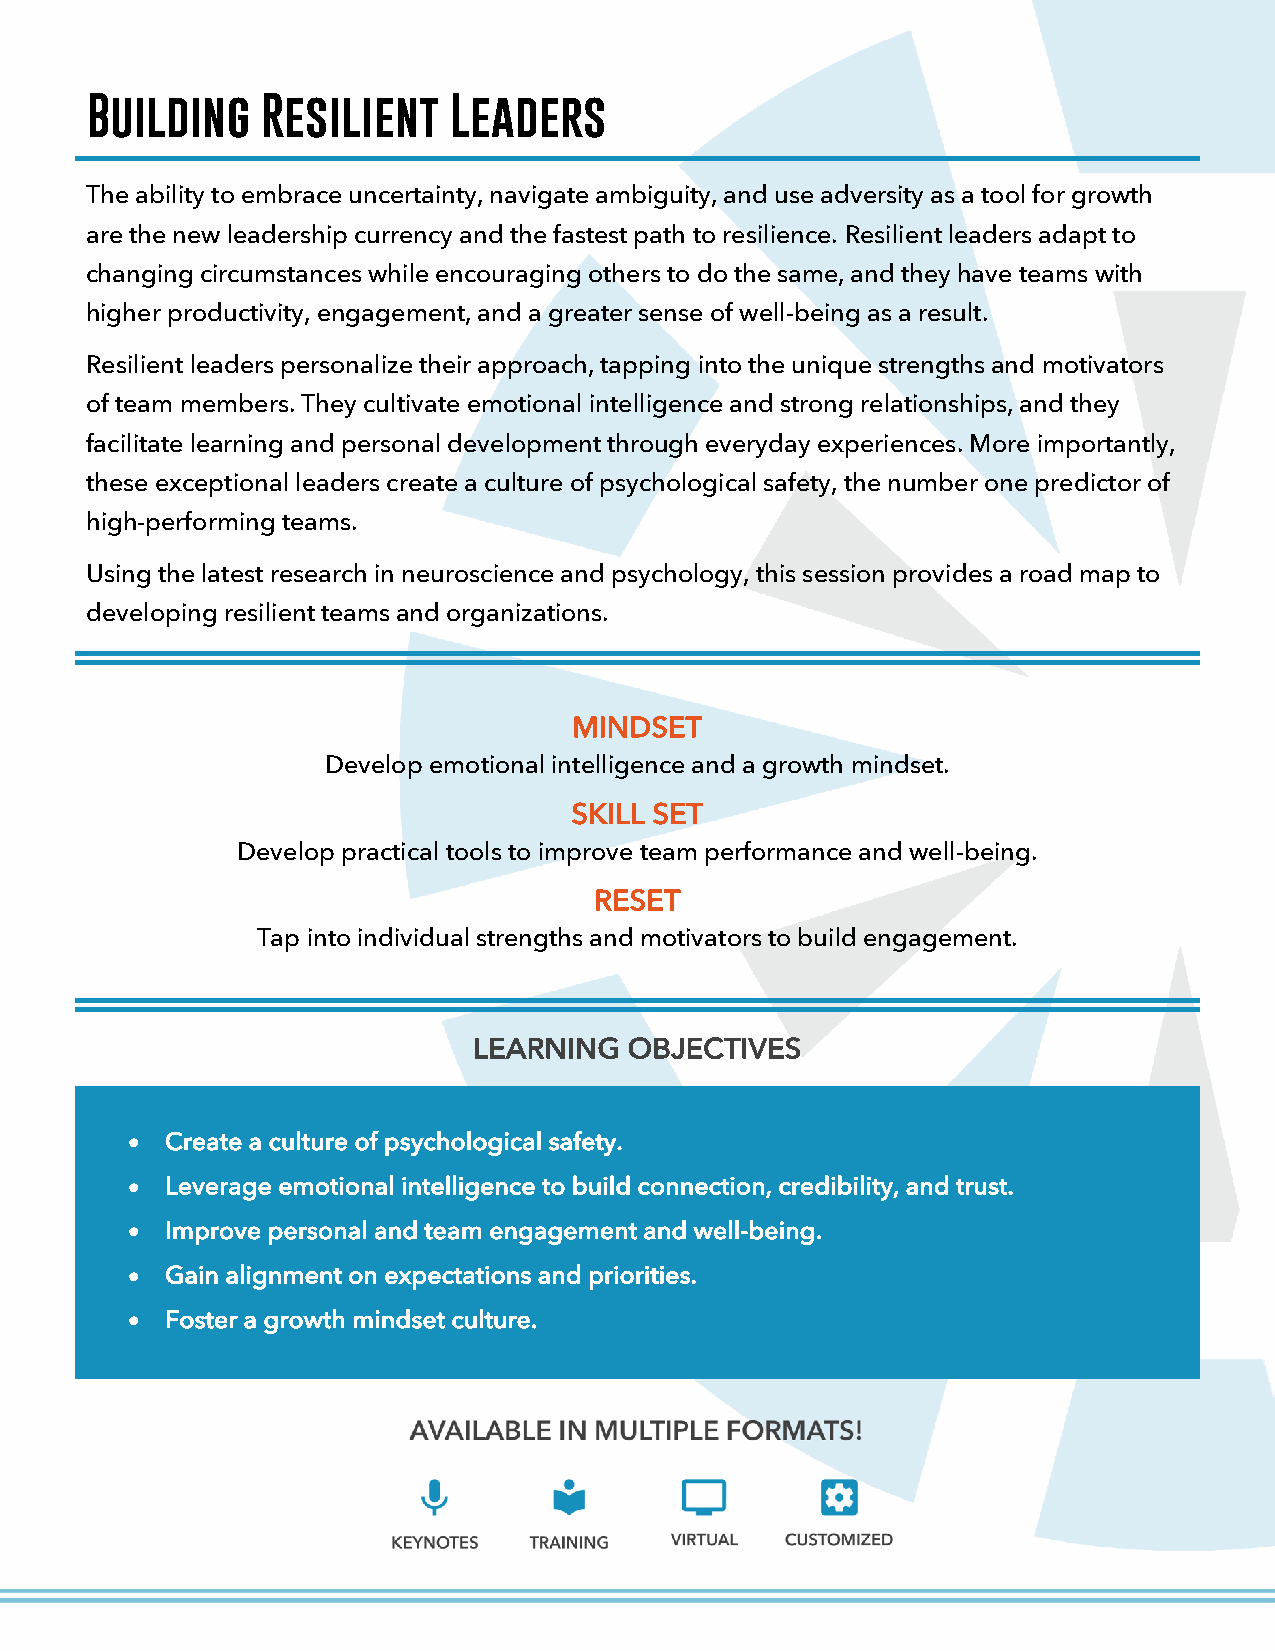
Building   Resilient    Leaders
 The ability to embrace uncertainty, navigate ambiguity, and use adversity as a tool for growth
 are the new leadership currency and the fastest path to resilience. Resilient leaders adapt to
 changing circumstances while encouraging others to do the same, and they have teams with
 higher productivity, engagement, and a greater sense of well-being as a result.
 Resilient leaders personalize their approach, tapping into the unique strengths and motivators
 of team members. They cultivate emotional intelligence and strong relationships, and they
 facilitate learning and personal development through everyday experiences. More importantly,
 these exceptional leaders create a culture of psychological safety, the number one predictor of
 high-performing teams.
 Using the latest research in neuroscience and psychology, this session provides a road map to
 developing resilient teams and organizations.
 MINDSET
 Develop emotional intelligence and a growth mindset.
 SKILL SET
 Develop practical tools to improve team performance and well-being.
 RESET
 Tap into individual strengths and motivators to build engagement.
 LEARNING   OBJECTIVES
 •  Create a culture of psychological safety.
 •  Leverage emotional intelligence to build connection, credibility, and trust.
 •  Improve personal and team engagement and well-being.
 •  Gain alignment on expectations and priorities.
 •  Foster a growth mindset culture.
 COPYRIGHT 2021 ANNE GRADY GROUP. ALL RIGHTS RESERVED